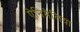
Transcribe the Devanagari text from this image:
ऐनिमेलिया